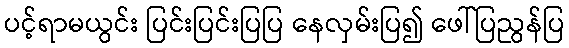
ပင့်ရာမယွင်း ပြင်းပြင်းပြပြ နေလှမ်းပြ၍ ဖေါ်ပြညွန်ပြ